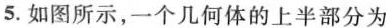
5.如图所示，一个几何体的上半部分为